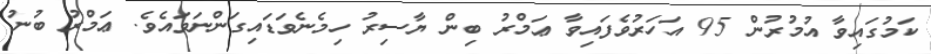
ކަމުގައިވާ އުމުރުން 95 އަހަރުވެފައިވާ ޢަމްރު ބިން ޔާސިރު ހިމެނެވަޑައިގަންނަވައެވެ. ޢަމްރު ބުނު